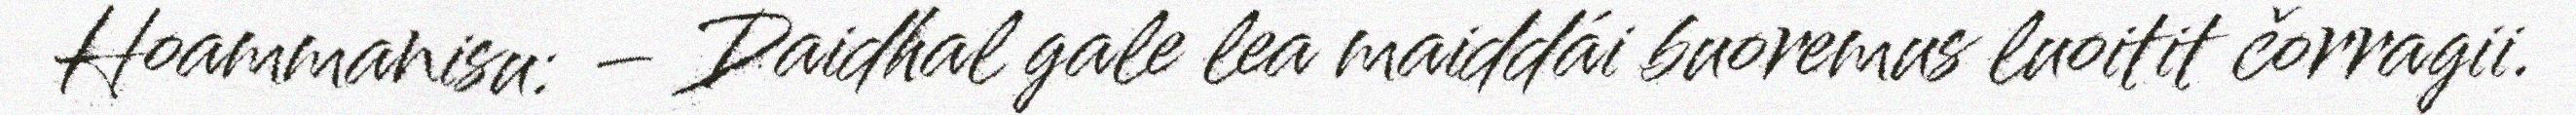
Hoammanisu: – Daidhal gale lea maiddái buoremus luoitit čorragii.